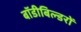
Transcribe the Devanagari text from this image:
बॉडीबिल्डरों